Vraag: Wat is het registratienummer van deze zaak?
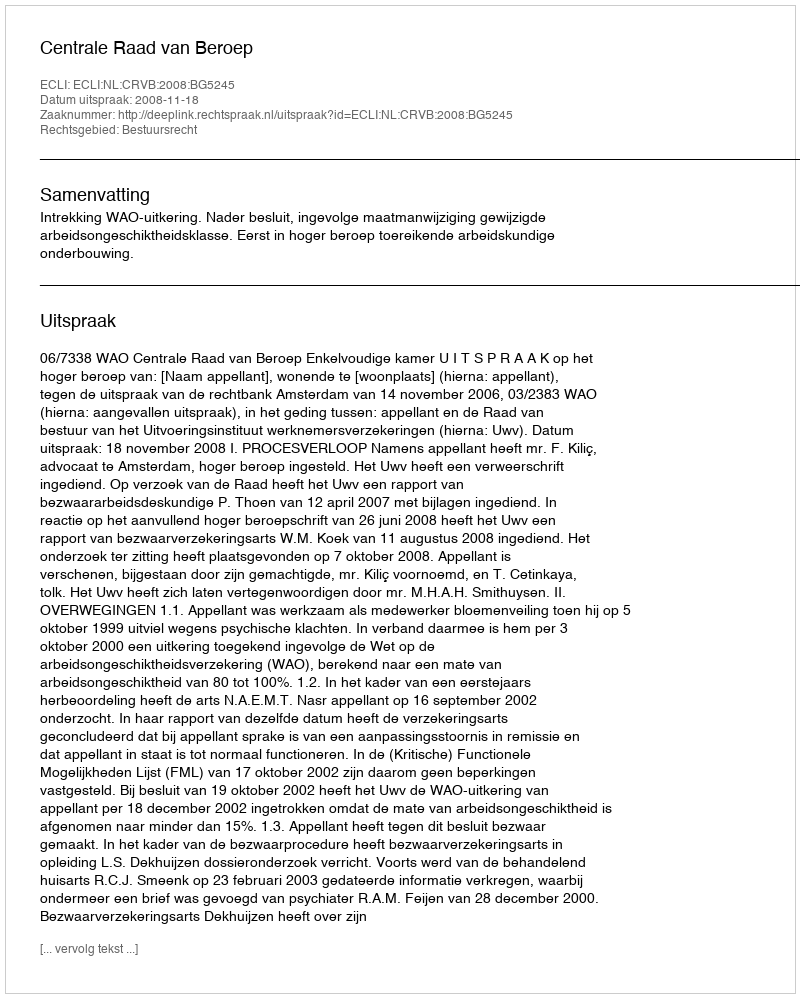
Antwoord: http://deeplink.rechtspraak.nl/uitspraak?id=ECLI:NL:CRVB:2008:BG5245